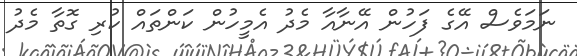
ނަމަވެސް އޭގެ ފަހުން އޭނާއާ މެދު އެމީހުން ކަންތައް ކުރި ގޮތާ މެދު